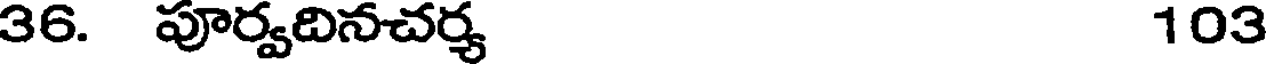
36. పూర్వదినచర్య 103